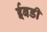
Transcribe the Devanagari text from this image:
ईबडी